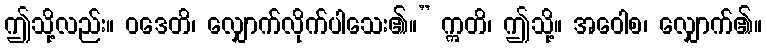
ဤသို့လည်း။ ဝဒေတိ၊ လျှောက်လိုက်ပါသေး၏။” ဣတိ၊ ဤသို့။ အဝေါစ၊ လျှောက်၏။